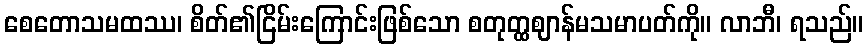
စေတောသမထဿ၊ စိတ်၏ငြိမ်းကြောင်းဖြစ်သော စတုတ္ထဈာန်မသမာပတ်ကို။ လာဘီ၊ ရသည်။